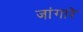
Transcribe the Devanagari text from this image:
जांगारे